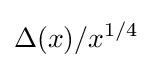
\Delta (x)/x^{1/4}